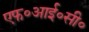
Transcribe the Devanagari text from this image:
एफ॰आई॰सी॰